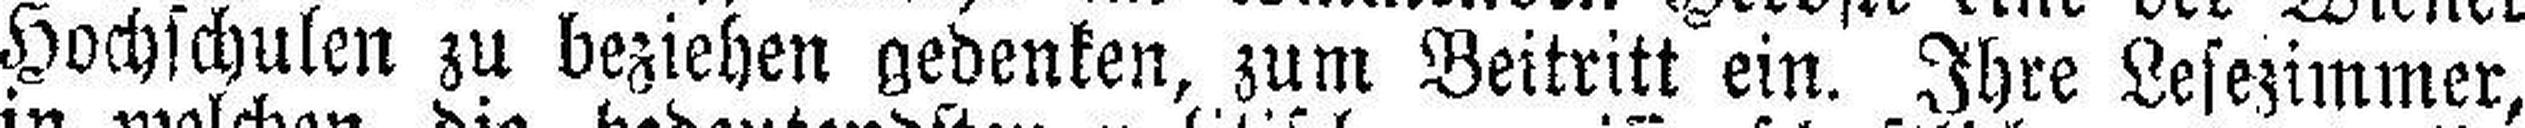
Hochschulen zu beziehen gedenken, zum Beitritt ein. Ihre Lesezimmer,